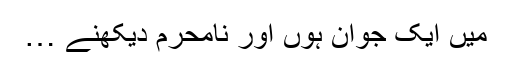
میں ایک جوان ہوں اور نامحرم دیکھنے …